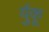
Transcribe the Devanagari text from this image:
र्युकू